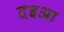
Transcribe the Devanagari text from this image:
दइआ